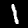
Label: 1